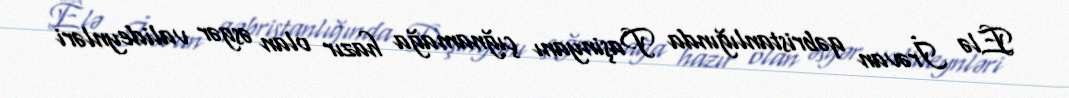
Elə İrəvan qəbristanlığında Paşinyanı çığnamağa hazır olan əsgər valideynləri